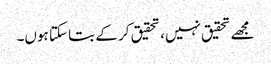
مجھے تحقیق نہیں، تحقیق کر کے بتا سکتا ہوں۔